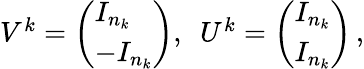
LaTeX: \begin{array}{r}{V^{k}=\left(\begin{array}{l}{I_{n_{k}}}\\ {-I_{n_{k}}}\end{array}\right),\ \ U^{k}=\left(\begin{array}{l}{I_{n_{k}}}\\ {I_{n_{k}}}\end{array}\right)\, ,}\end{array}